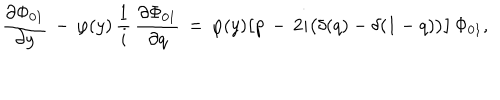
LaTeX: \frac { \partial \Phi _ { 0 1 } } { \partial y } \, - \, \varphi ( y ) \, \frac 1 i \, \frac { \partial \Phi _ { 0 1 } } { \partial q } \, = \, \varphi ( y ) \bigl [ p \, - \, 2 i \bigl ( \delta ( q ) - \delta ( 1 - q ) \bigr ) \bigr ] \, \Phi _ { 0 1 } ,